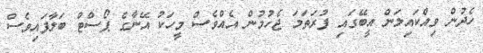
ހެދުން ވިއްކައިލަން އީބޭގައި ފުރަތަމަ ޖެހުމުން އެއްވެސް މީހަކު އޭނާގެ ޕޯސްޓް ބަލާފައިވެސް